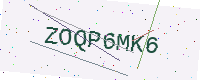
Text: ZOQP6MK6